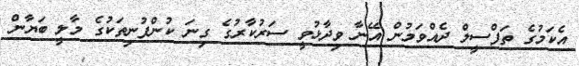
އެކަމުގެ ތަފްސީލް ދެއްވަމުން އޭނާ ވިދާޅުވީ ސަރުކާރުގެ ގިނަ ކުންފުނިތަކުގެ މާލީ ބަޔާން